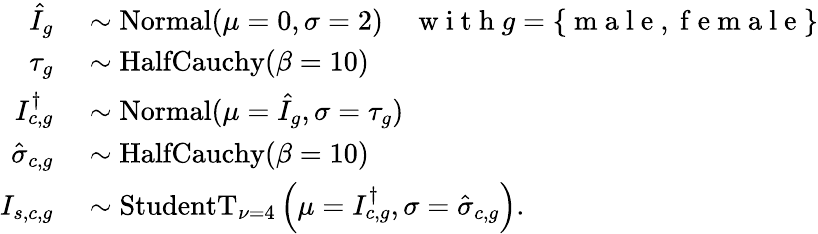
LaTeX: \begin{array}{rl}{\hat{I}_{g}}&{{}\sim\mathrm{Normal}(\mu=0,\sigma=2)\quad\mathrm{~w~i~t~h~}g=\{ \mathrm{~m~a~l~e~,~f~e~m~a~l~e~}\} }\\ {\tau_{g}}&{{}\sim\mathrm{HalfCauchy}(\beta=10)}\\ {I_{c,g}^{\dagger}}&{{}\sim\mathrm{Normal}(\mu=\hat{I}_{g},\sigma=\tau_{g})}\\ {\hat{\sigma}_{c,g}}&{{}\sim\mathrm{HalfCauchy}(\beta=10)}\\ {I_{s,c,g}}&{{}\sim\mathrm{StudentT}_{\nu=4}\left(\mu=I_{c,g}^{\dagger},\sigma=\hat{\sigma}_{c,g}\right).}\end{array}